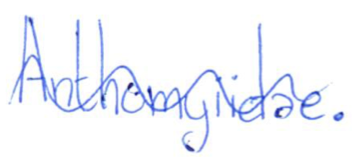
Text: Anthomyiidae.
Cross-out: wave
Writing tool: ballpoint